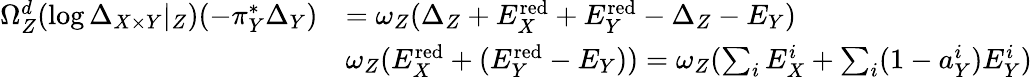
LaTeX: \begin{array}{rl}{\Omega_{Z}^{d}(\log\Delta_{X\times Y}|_{Z})(-\pi_{Y}^{*}\Delta_{Y})}&{=\omega_{Z}(\Delta_{Z}+E_{X}^{\textup{red}}+E_{Y}^{\textup{red}}-\Delta_{Z}-E_{Y})}\\ &{\omega_{Z}(E_{X}^{\textup{red}}+(E_{Y}^{\textup{red}}-E_{Y}))=\omega_{Z}(\sum_{i}E_{X}^{i}+\sum_{i}(1-a_{Y}^{i})E_{Y}^{i})}\end{array}